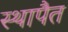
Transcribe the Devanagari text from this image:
स्थापैत